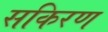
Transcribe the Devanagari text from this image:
सकिरण